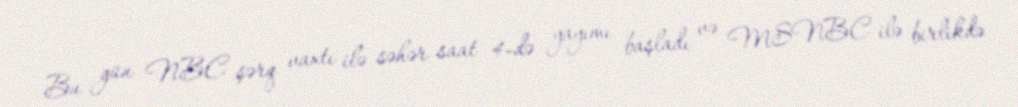
Bu gün NBC şərq vaxtı ilə səhər saat 4-də yayımı başladı və MSNBC ilə birlikdə